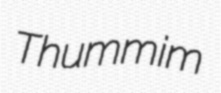
Thummim